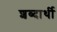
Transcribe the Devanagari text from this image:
शब्दार्थी